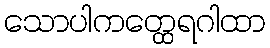
သောပါကတ္ထေရဂါထာ